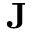
{ \bf J }